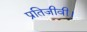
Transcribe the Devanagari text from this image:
प्रतिजीवी।